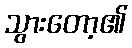
သွားတော့၏